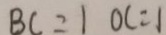
B C = 1 O C = 1